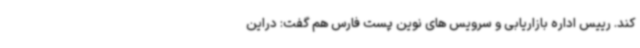
کند. رییس اداره بازاریابی و سرویس های نوین پست فارس هم گفت: دراین